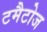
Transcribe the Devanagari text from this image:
टमैटोज